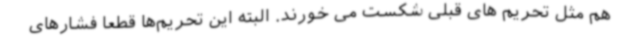
هم مثل تحریم های قبلی شکست می خورند. البته این تحریم‌ها قطعاً فشارهای